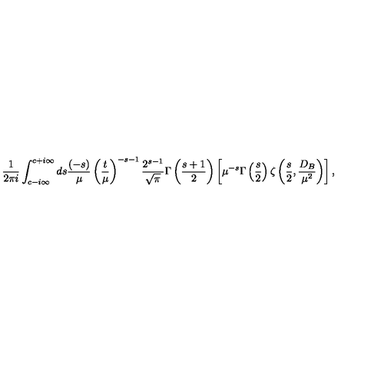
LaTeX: \frac 1 { 2 \pi i } \int _ { c - i \infty } ^ { c + i \infty } d s \frac { ( - s ) } { \mu } \left( \frac { t } { \mu } \right) ^ { - s - 1 } \frac { 2 ^ { s - 1 } } { \sqrt { \pi } } \Gamma \left( \frac { s + 1 } 2 \right) \left[ \mu ^ { - s } \Gamma \left( \frac s 2 \right) \zeta \left( \frac s 2 , \frac { D _ { B } } { \mu ^ { 2 } } \right) \right] ,